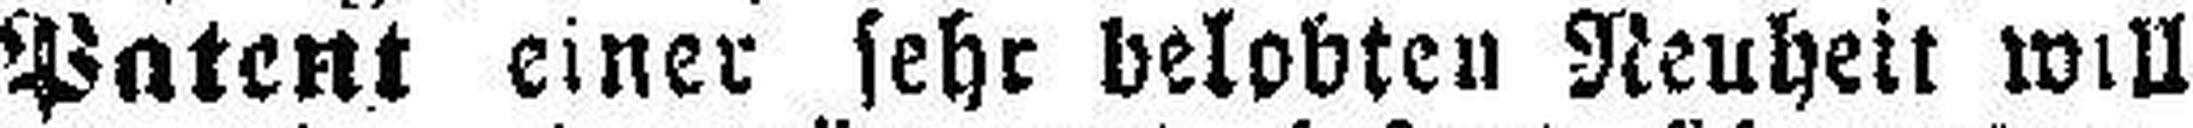
Patent einer sehr belobten Neuheit will